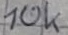
Text: 10k